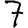
Digit: 7